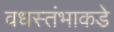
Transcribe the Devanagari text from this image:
वधस्तंभाकडे